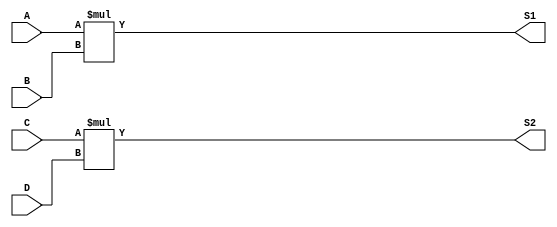
// Ch07 mul4.v
// |LPkB

module mul4 (A, B, C, D, S1, S2);
input  [3:0] A, B;		// A, B |LJ
output [7:0] S1;		// S1   KLX
input  signed [3:0] C, D;	// C, D |J
output signed [7:0] S2;		// S2   KX

// kBl
assign S1 = A * B;
assign S2 = C * D;

endmodule